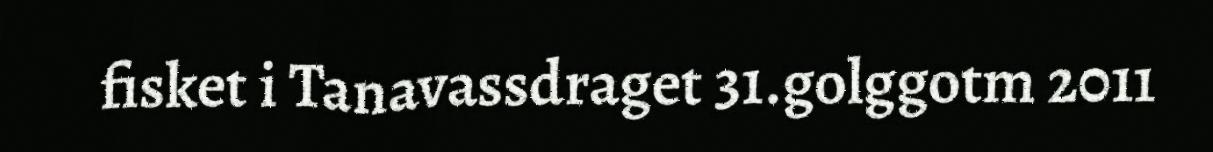
fisket i Tanavassdraget 31.golggotm 2011